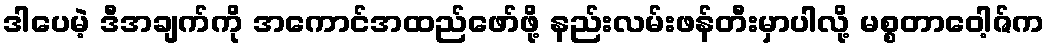
ဒါပေမဲ့ ဒီအချက်ကို အကောင်အထည်ဖော်ဖို့ နည်းလမ်းဖန်တီးမှာပါလို့ မစ္စတာဝေါ့ဇ်က